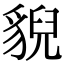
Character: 貎